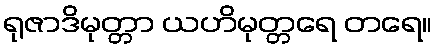
ရုဇာဒိမုတ္တာ ယဟိမုတ္တရေ တရေ။